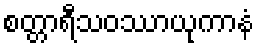
စတ္တာရီသဝဿာယုကာနံ